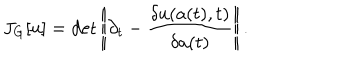
J _ { G } [ u ] = \det \left| \! \left| \partial _ { t } - \frac { \delta u ( a ( t ) , t ) } { \delta a ( t ) } \right| \! \right| .